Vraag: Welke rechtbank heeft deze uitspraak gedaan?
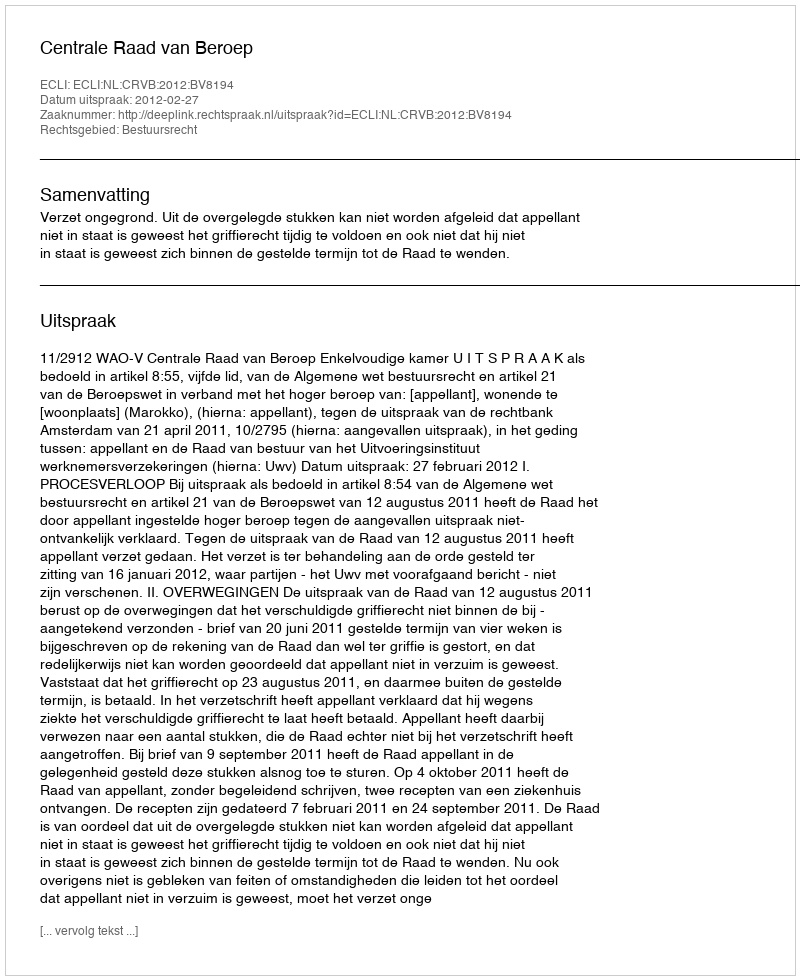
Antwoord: Centrale Raad van Beroep